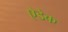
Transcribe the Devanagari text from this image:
ऐडेक